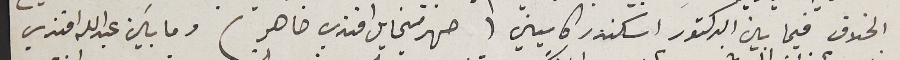
الخلاف فيما بين الدكتور اسكندر كاسيني ( صهر ميخايل افندي ضاهر ) وما بين عبدالله افندي